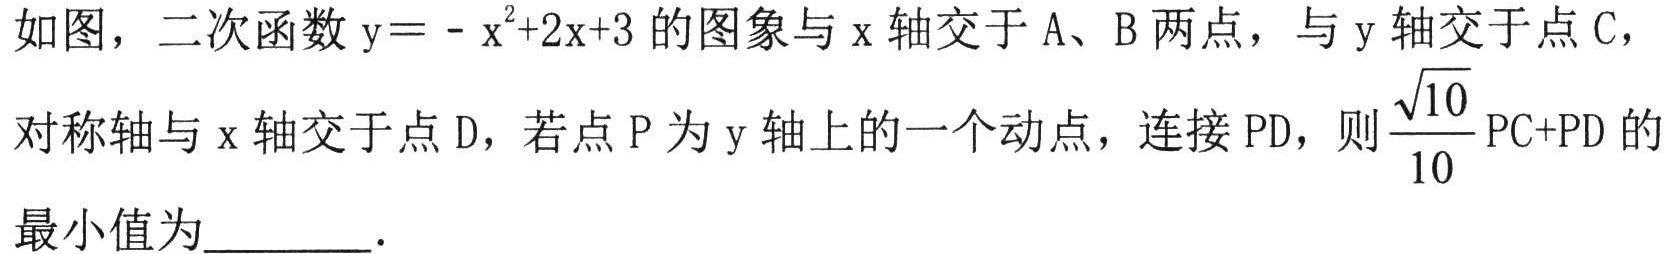
如图，二次函数\(y = - x^{2}+2x + 3\)的图象与\(x\)轴交于\(A\)、\(B\)两点，与\(y\)轴交于点\(C\)，对称轴与\(x\)轴交于点\(D\)，若点\(P\)为\(y\)轴上的一个动点，连接\(PD\)，则\(\frac{\sqrt{10}}{10}PC + PD\)的最小值为  ．